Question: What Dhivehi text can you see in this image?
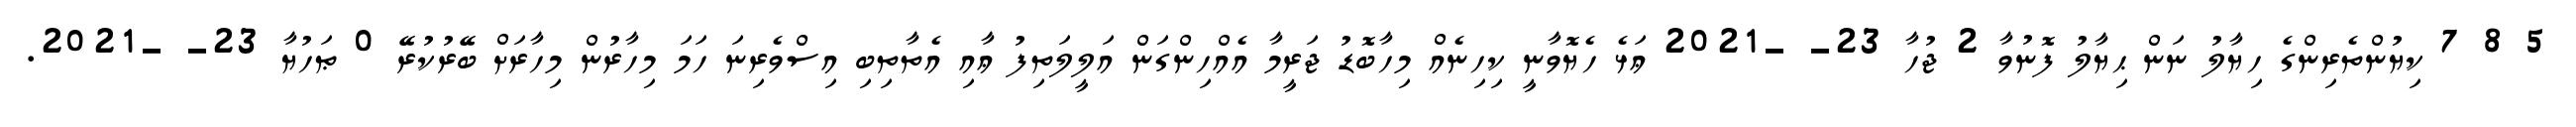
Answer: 5 8 7 ކިޔުންތެރިންގެ ހިޔާލު ނަން ޙިޔާލު ފޮނުވާ 2 ޖުހާ 23- -2021 ޢަޅެ ހެޔޮވާނީ ކިހިނެއް މިހާބޮޑު ޖަރީމާ އެއްހިންގަން އަލީލަތިފު ޢާއި އެތާތިބި އިސްވެރިނަ ހަމަ މިހާރުން މިހާރަށް ބޭރުކުރޭ 0 ޠަހުޔާ 23- -2021.